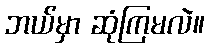
ဘယ်မှာ ဆုံကြမလဲ။